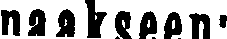
naakseen: